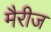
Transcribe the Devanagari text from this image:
मैरीज